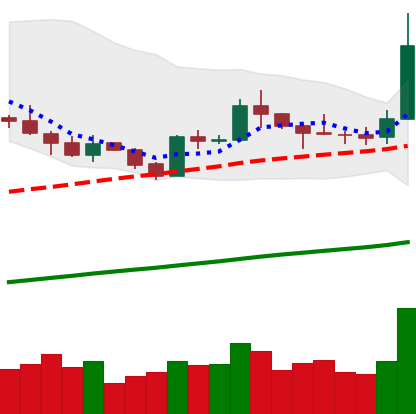
Ticker: LTC-USD
Chart end date: 2019-05-11
Forward return: 7.132%
Label: up_7plus